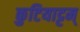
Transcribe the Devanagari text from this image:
कुटियाट्टम्